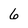
Character: 6